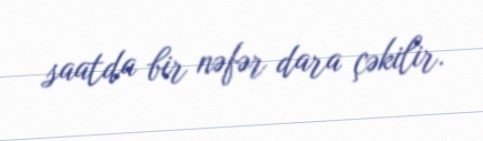
saatda bir nəfər dara çəkilir.